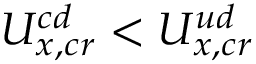
U _ { x , c r } ^ { c d } < U _ { x , c r } ^ { u d }